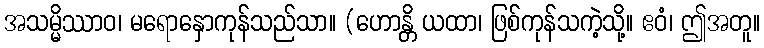
အသမ္မိဿာဝ၊ မရောနှောကုန်သည်သာ။ (ဟောန္တိ ယထာ၊ ဖြစ်ကုန်သကဲ့သို့။ ဧဝံ၊ ဤအတူ။